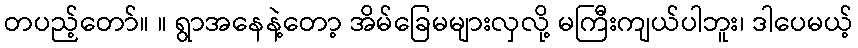
တပည့်တော်။ ။ ရွာအနေနဲ့တော့ အိမ်ခြေမများလှလို့ မကြီးကျယ်ပါဘူး၊ ဒါပေမယ့်